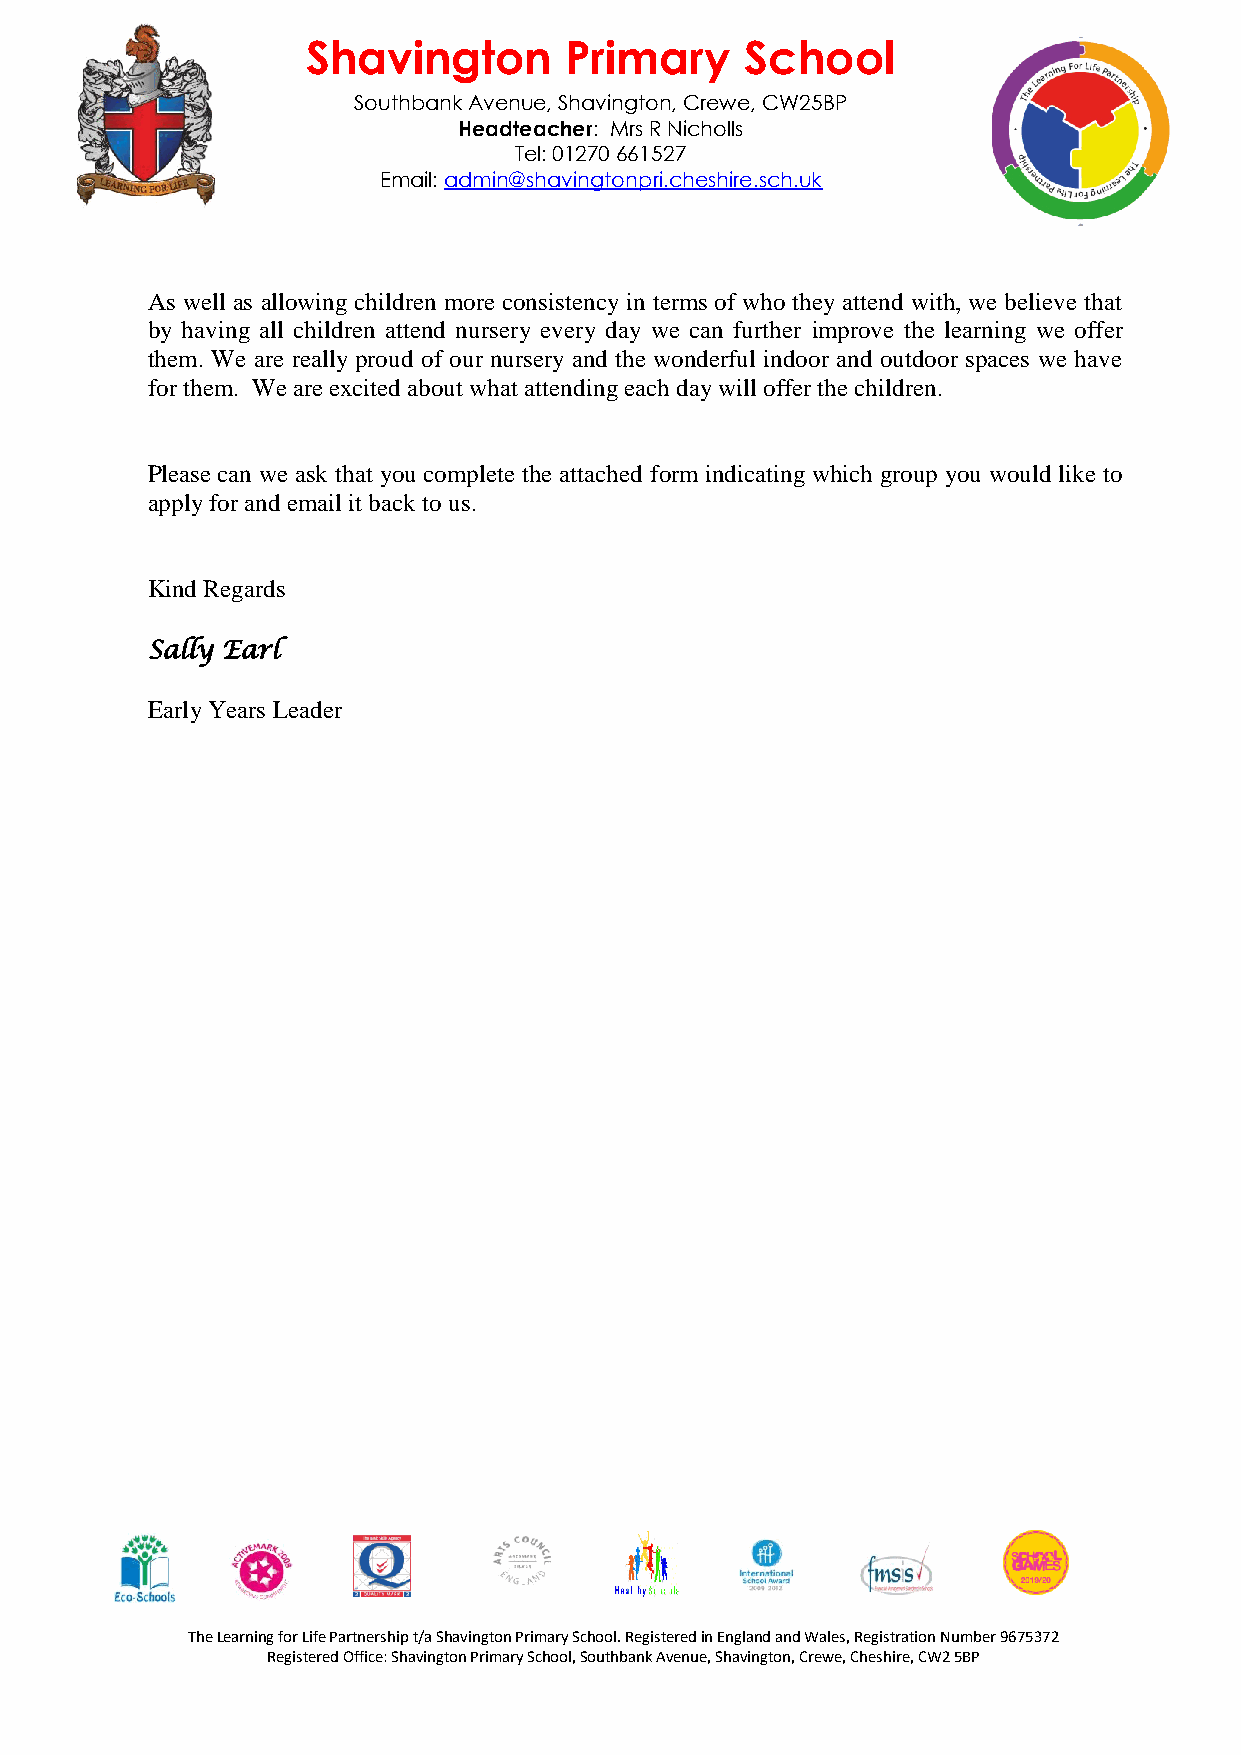
Shavington       Primary     School
 Southbank Avenue, Shavington, Crewe, CW25BP
 Headteacher: Mrs R Nicholls
 Tel: 01270 661527
 Email: admin@shavingtonpri.cheshire.sch.uk
 As well as allowing children more consistency in terms of who they attend with, we believe that
 by having all children attend nursery every day we can further improve the learning we offer
 them. We are really proud of our nursery and the wonderful indoor and outdoor spaces we have
 for them. We are excited about what attending each day will offer the children.
 Please can we ask that you complete the attached form indicating which group you would like to
 apply for and email it back to us.
 Kind Regards
 Sally Earl
 Early Years Leader
 The Learning for Life Partnership t/a Shavington Primary School. Registered in England and Wales, Registration Number 9675372
 Registered Office: Shavington Primary School, Southbank Avenue, Shavington, Crewe, Cheshire, CW2 5BP